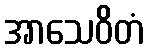
အာသေဝိတံ